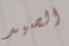
الصيد